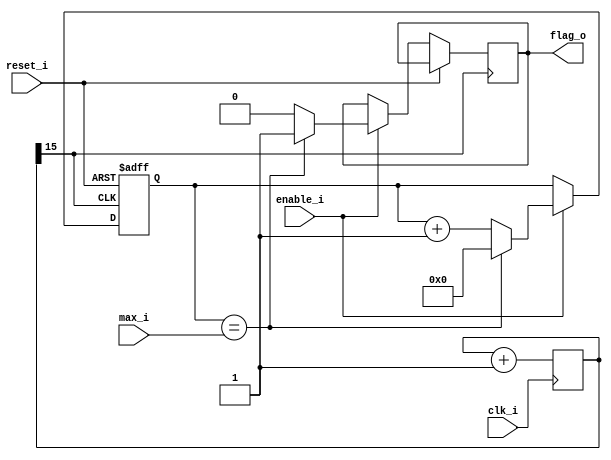
module timer(
	input clk_i,
	input reset_i, 
	input enable_i, 
	input [7:0] max_i, 
	output reg 	flag_o
);
	reg [15:0] divider = 16'b0; 
	always @(posedge clk_i) 
		divider <= divider+1; 
	reg [7:0] counter = 8'b0; 
	always @(posedge divider[15] or posedge reset_i) begin 
		if(reset_i)
			counter <= 8'b0; 
		else begin 
			if(enable_i) begin 
				if(counter == max_i) begin 
					counter <= 8'b0; 
					flag_o <= 1'b1; 
				end else begin 
					counter <= counter+1; 
					flag_o <= 1'b0; 
				end 
			end else 
				counter <= counter; 
		end 
	end 
endmodule